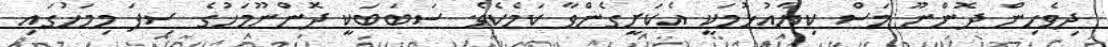
ދިވެހިން ދޮންނޫ މަސް ކިޔާއުޅުމަކީ އެކަށީގެންވާ ކަމެކެވެ. ސަބަބަކީ ދޮންނޫމަހުގެ ސިފަ މިމަހުގައި